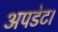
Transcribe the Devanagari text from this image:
अपडेट।